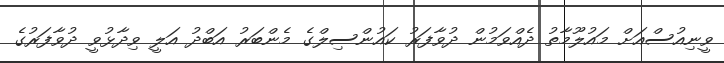
ވީނިއުސްއަށް މައުލޫމާތު ދެއްވަމުން ދުވާފަރު ކައުންސިލްގެ މެންބަރު އަބްދު އަލީ ވިދާޅުވީ ދުވާފަރުގެ